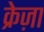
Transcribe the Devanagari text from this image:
क्रेज़ा